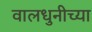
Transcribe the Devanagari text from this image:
वालधुनीच्या